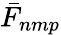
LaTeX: \bar{F}_{nmp}